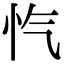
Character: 忾